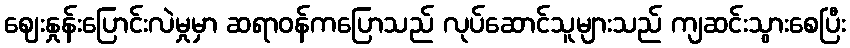
ဈေးနှုန်းပြောင်းလဲမှုမှာ ဆရာဝန်ကပြောသည် လုပ်ဆောင်သူများသည် ကျဆင်းသွားစေပြီး